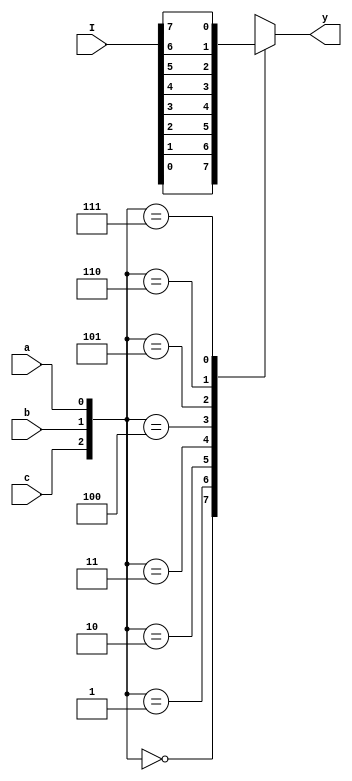
module mux8a1 (y, I, c, b, a);
  input [7:0] I;
  input c, b, a;
  output y;

  reg y;

  always @ (I or c or b or a)
    case ({c, b, a})
      3'b000: y = I[0];
      3'b001: y = I[1];
      3'b010: y = I[2];
      3'b011: y = I[3];
      3'b100: y = I[4];
      3'b101: y = I[5];
      3'b110: y = I[6];
      3'b111: y = I[7];
    endcase
endmodule